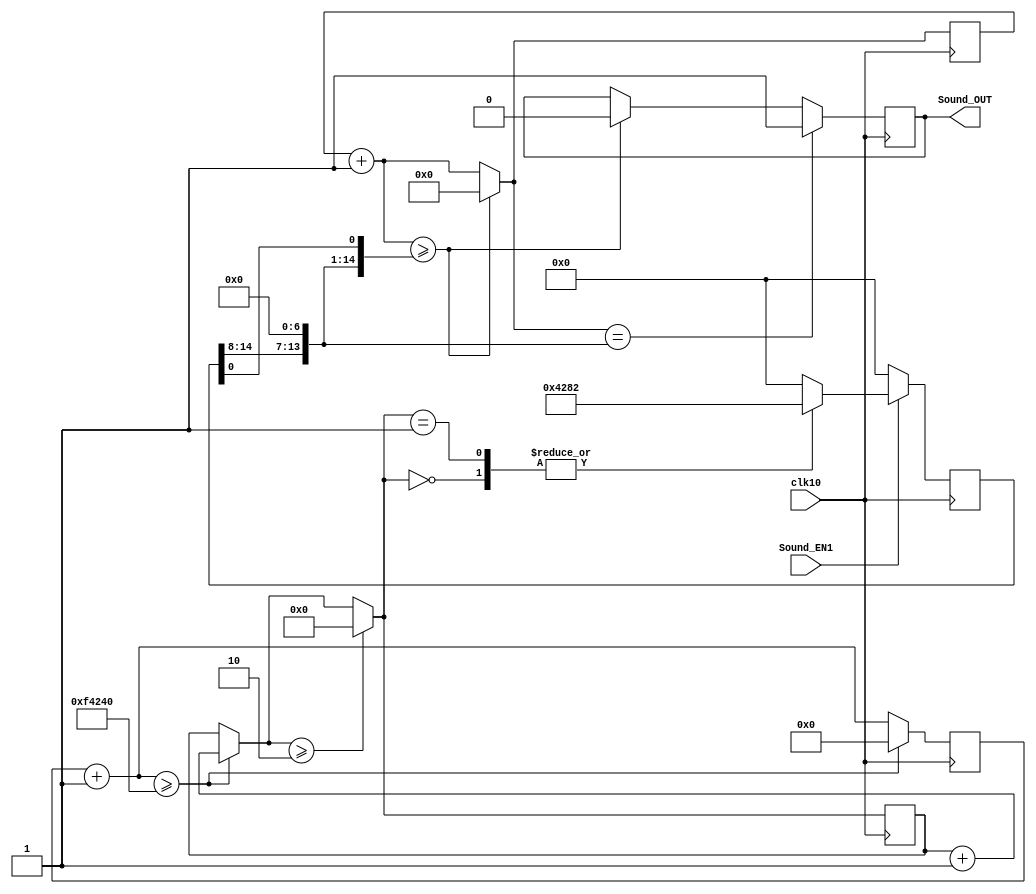
module Sound_Bounce(clk10, Sound_EN1, Sound_OUT);
input clk10, Sound_EN1;
output reg Sound_OUT;

//------VARIABLES------//
    reg [23:0]aux=0;
    reg [15:0]cont=0, freq=0;
    wire [6:0]duty=0;
    reg [3:0]nota=0;
	 reg Sound_OUT1;
	 
	 //assign Sound_OUT=Sound_OUT1;

//------NOTAS------//
    parameter do2=17026;
    parameter s=0;

//------Volumen------//
    assign duty=freq>>1;

always@(posedge(clk10))
begin
//------AUDIO CONTROL------//
    aux=aux+1;
    cont=cont+1;
    if(cont>=freq)
    begin
        Sound_OUT=0; cont=0;
    end
    if(cont==(freq>>1)) Sound_OUT=1;

//------NOTAS TIMER------//
    if(aux>=1000000)
        begin
        nota=nota+1; aux=0;
        end
    if(nota>=2) nota=0;

//------NOTAS CASE------//
    if(Sound_EN1==1)
    begin
        case(nota)
            0:freq=do2;
            1:freq=do2;
            2:freq=s;
            default:freq=s;
        endcase
    end
    else freq=s;
end
endmodule